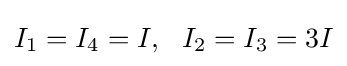
I_{1}=I_{4}=I,\ \ I_{2}=I_{3}=3I